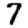
Digit: 7